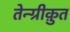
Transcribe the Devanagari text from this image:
तेन्ग्रीक़ुत